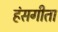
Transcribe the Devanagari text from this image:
हंसगीता